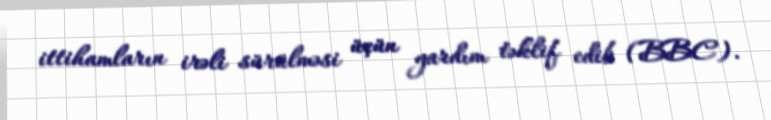
ittihamların irəli sürülməsi üçün yardım təklif edib (BBC).